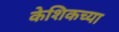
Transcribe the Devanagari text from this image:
केशिकच्या